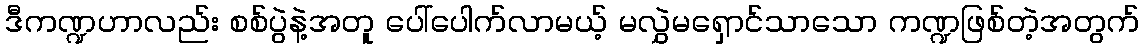
ဒီကဏ္ဍဟာလည်း စစ်ပွဲနဲ့အတူ ပေါ်ပေါက်လာမယ့် မလွှဲမရှောင်သာသော ကဏ္ဍဖြစ်တဲ့အတွက်